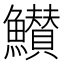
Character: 𮬖